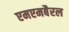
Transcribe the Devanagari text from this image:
एमएमबैरल